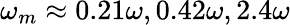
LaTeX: \omega_{m}\approx 0.21\omega,0.42\omega,2.4\omega